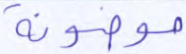
موضونة